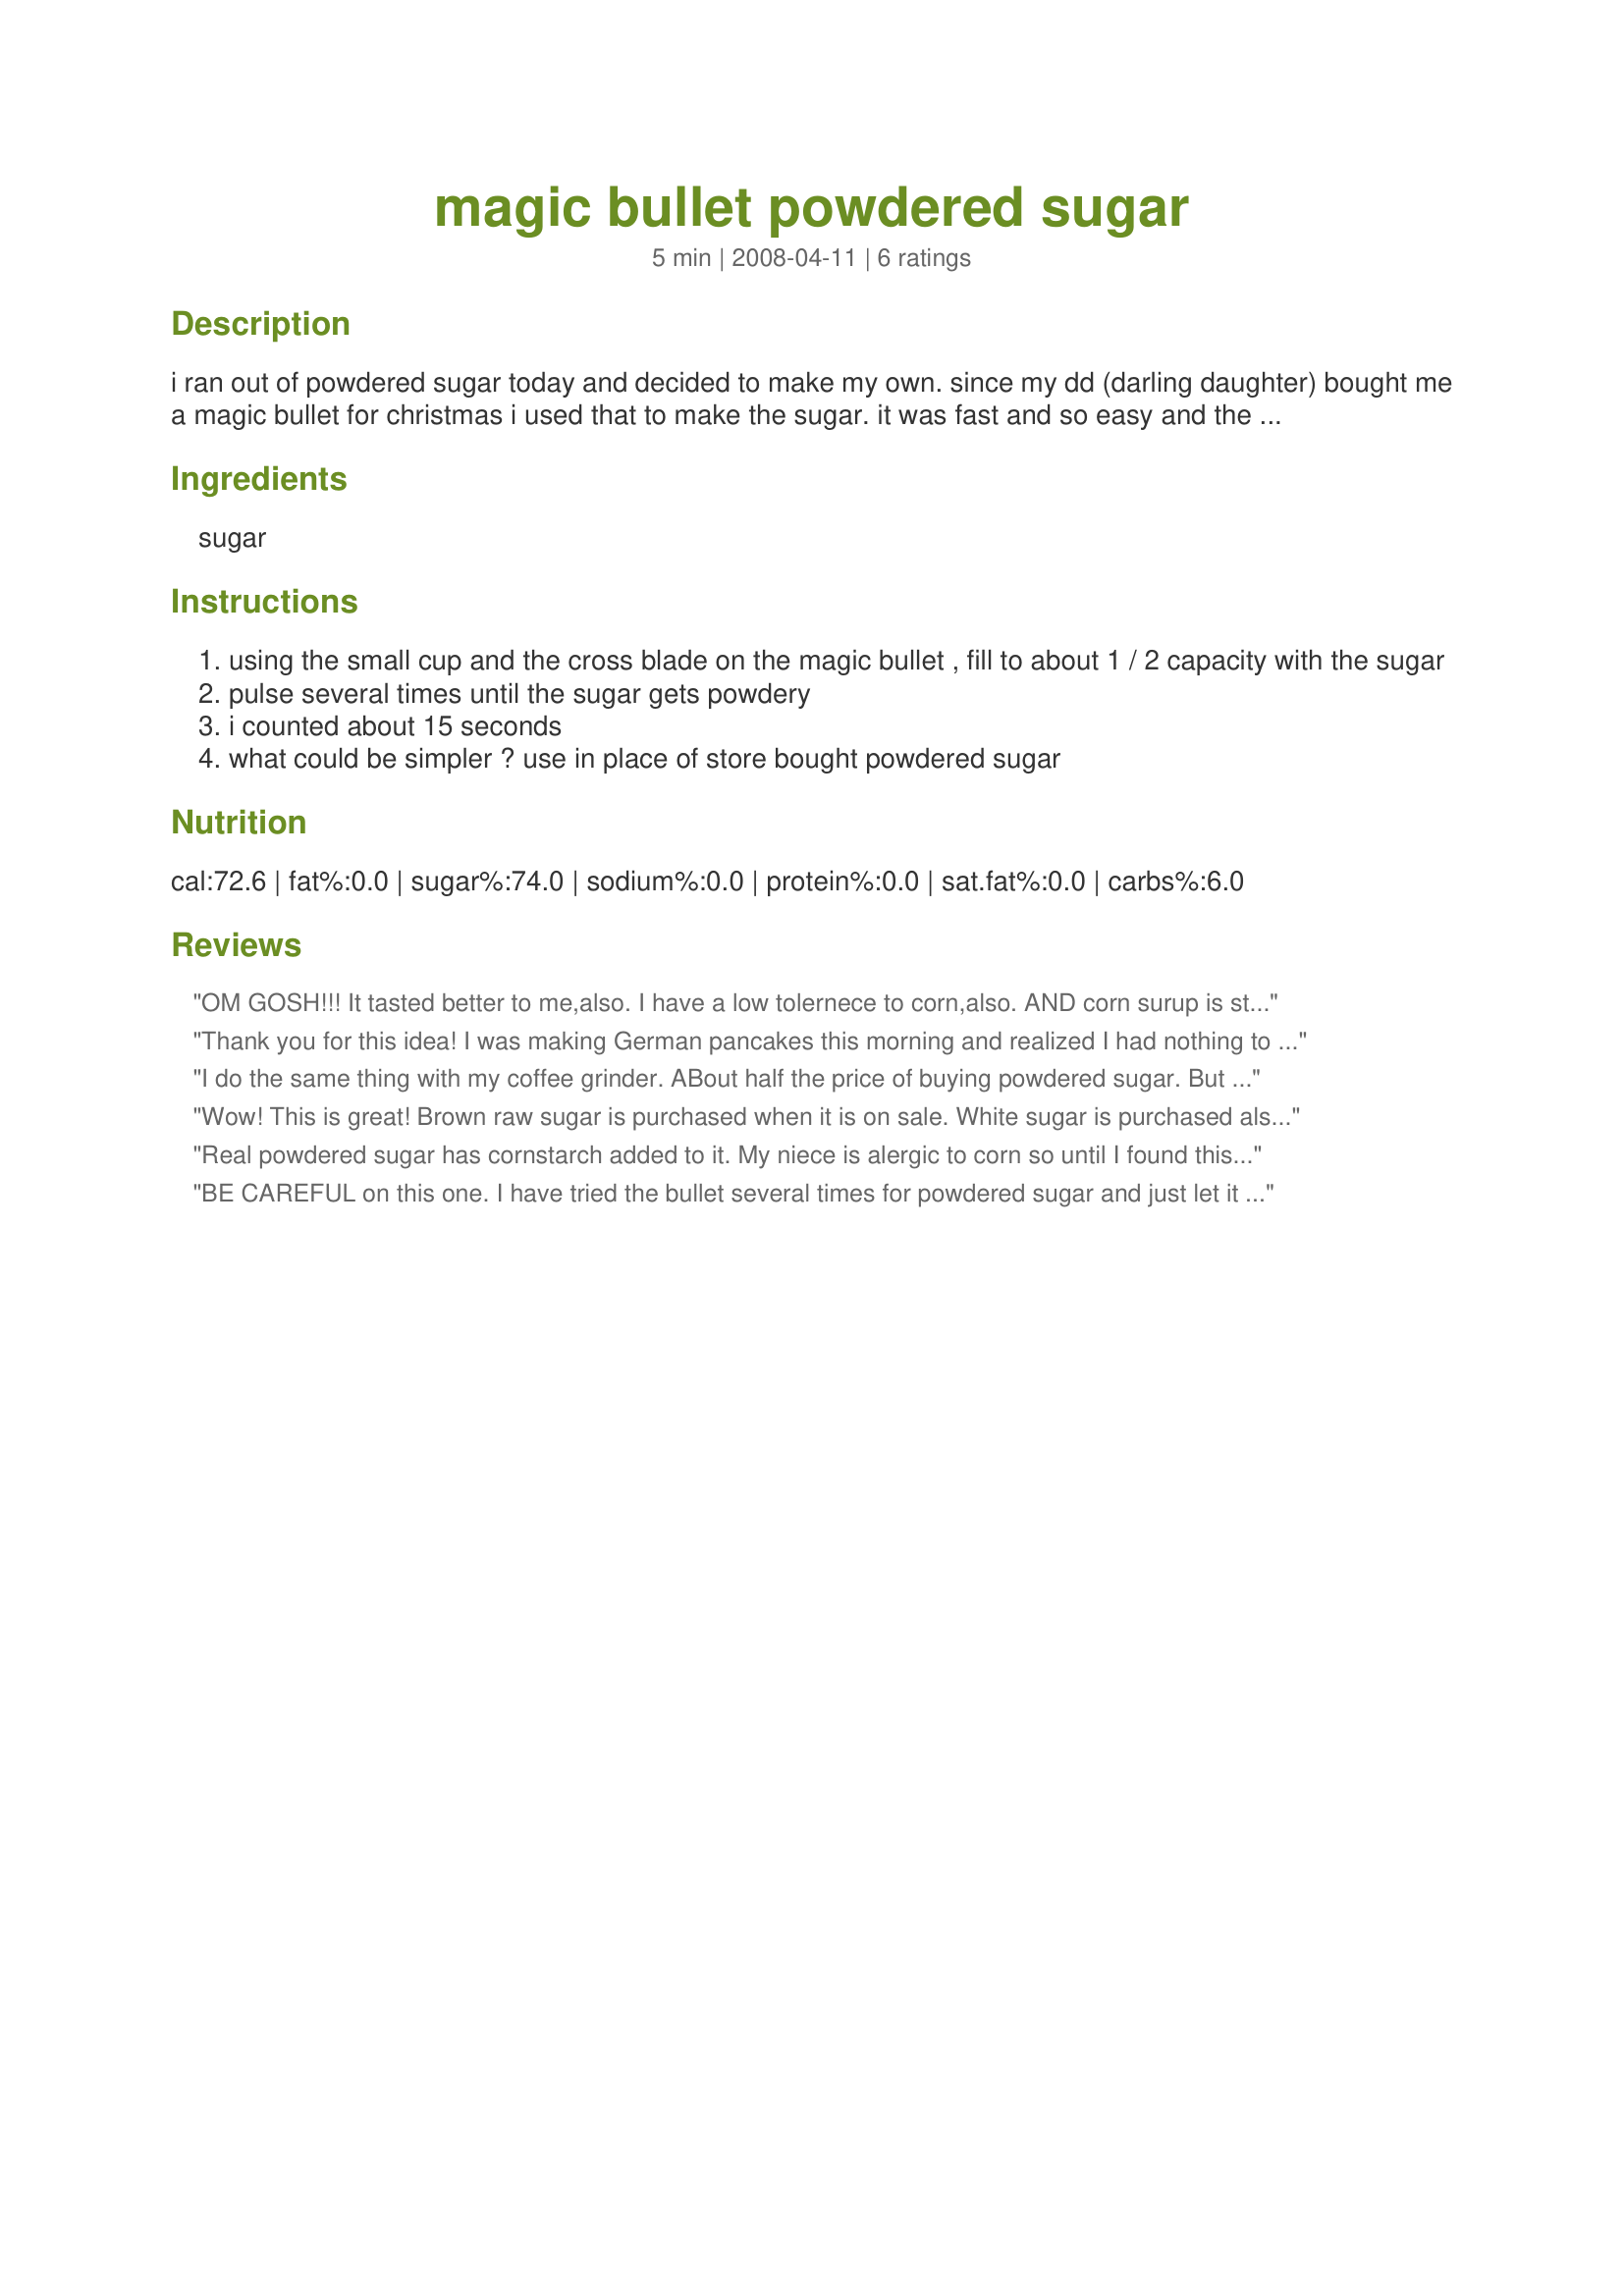
magic bullet powdered sugar
Preparation time: 5 minutes

i ran out of powdered sugar today and decided to make my own. since my dd (darling daughter) bought me a magic bullet for christmas i used that to make the sugar. it was fast and so easy and the clean up was a snap. you can use raw cane sugar or plain white sugar for this. i added the extra 1 tablespoon of sugar in this recipe because zaar wouldn't let me publish this with only one ingredient.

Ingredients:
sugar

Steps:
using the small cup and the cross blade on the magic bullet , fill to about 1 / 2 capacity with the sugar
pulse several times until the sugar gets powdery
i counted about 15 seconds
what could be simpler ? use in place of store bought powdered sugar

Reviews:
OM GOSH!!! It tasted better to me,also. I have a low tolernece to corn,also. AND corn surup is still in almost everything,cept Hunts brands. If I only use the Magic Bullet for this, It is sooo worth it. Put it in the small container,covered with lid..good to go, And shaker lids...WOW,Thanks JOEY...will look at your other recepies!
Thank you for this idea! I was making German pancakes this morning and realized I had nothing to top them with. I can notice a difference between this and store bought powdered sugar, but I actually liked this better!
I do the same thing with my coffee grinder. ABout half the price of buying powdered sugar. But true, be careful of the cornstarch consideration as brought up by other reviewers. Sometimes it matters, sometimes it doesn't.
Wow! This is great! Brown raw sugar is purchased when it is on sale. White sugar is purchased also. I tried this with white sugar
and it is great! I was given a magic bullet also and never thought of this, it is less expensive than powdered sugar!
Thanks for posting!
Real powdered sugar has cornstarch added to it. My niece is alergic to corn so until I found this we had to be careful not to use powdered sugar around her. You might want to be cautious using this in recipies that actually need the cornstarch part of the powdered sugar. This is an excellent substitute. Thanks for sharing!
BE CAREFUL on this one. I have tried the bullet several times for powdered sugar and just let it blend and blend for about 20 seconds straight or so, only to get a nice, fluffy, pile of metal tasting stuff. If you go too long, you get metal... and it tastes gross. Thank you for the tip on using the small cup and pulsing, that seems to be the key.
